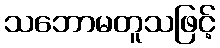
သဘောမတူသဖြင့်